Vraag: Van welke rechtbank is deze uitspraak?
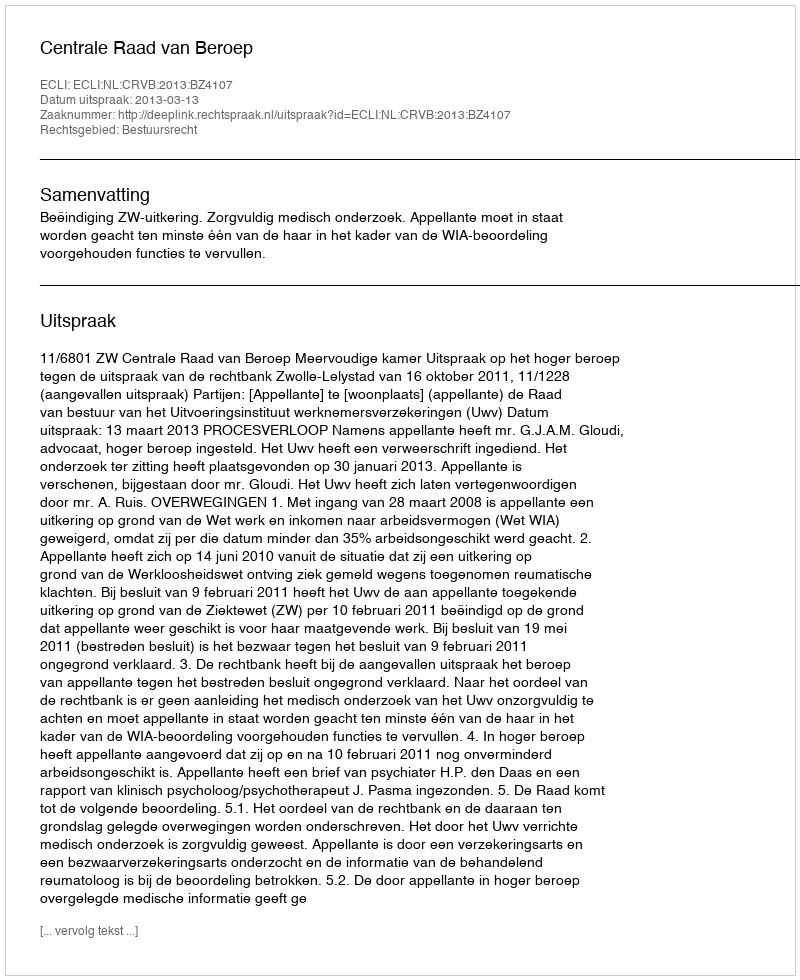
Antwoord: Centrale Raad van Beroep